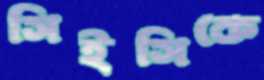
সিইসিকে